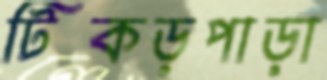
টিকড়পাড়া